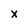
Character: X